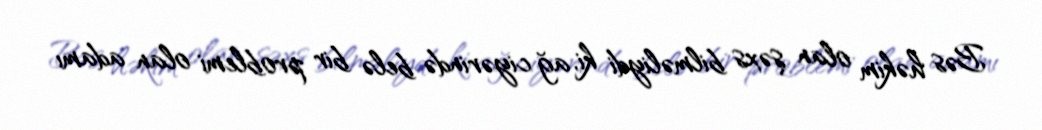
Bəs həkim olan şəxs bilməliydi ki, ağ ciyərində belə bir problemi olan adamı